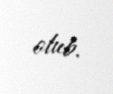
olub.